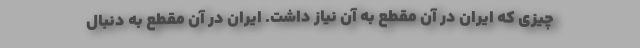
چیزی که ایران در آن مقطع به آن نیاز داشت. ایران در آن مقطع به دنبال